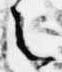
之